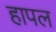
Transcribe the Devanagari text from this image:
हापल